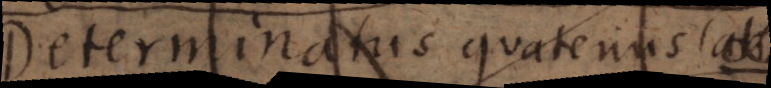
determinatum quatenus est